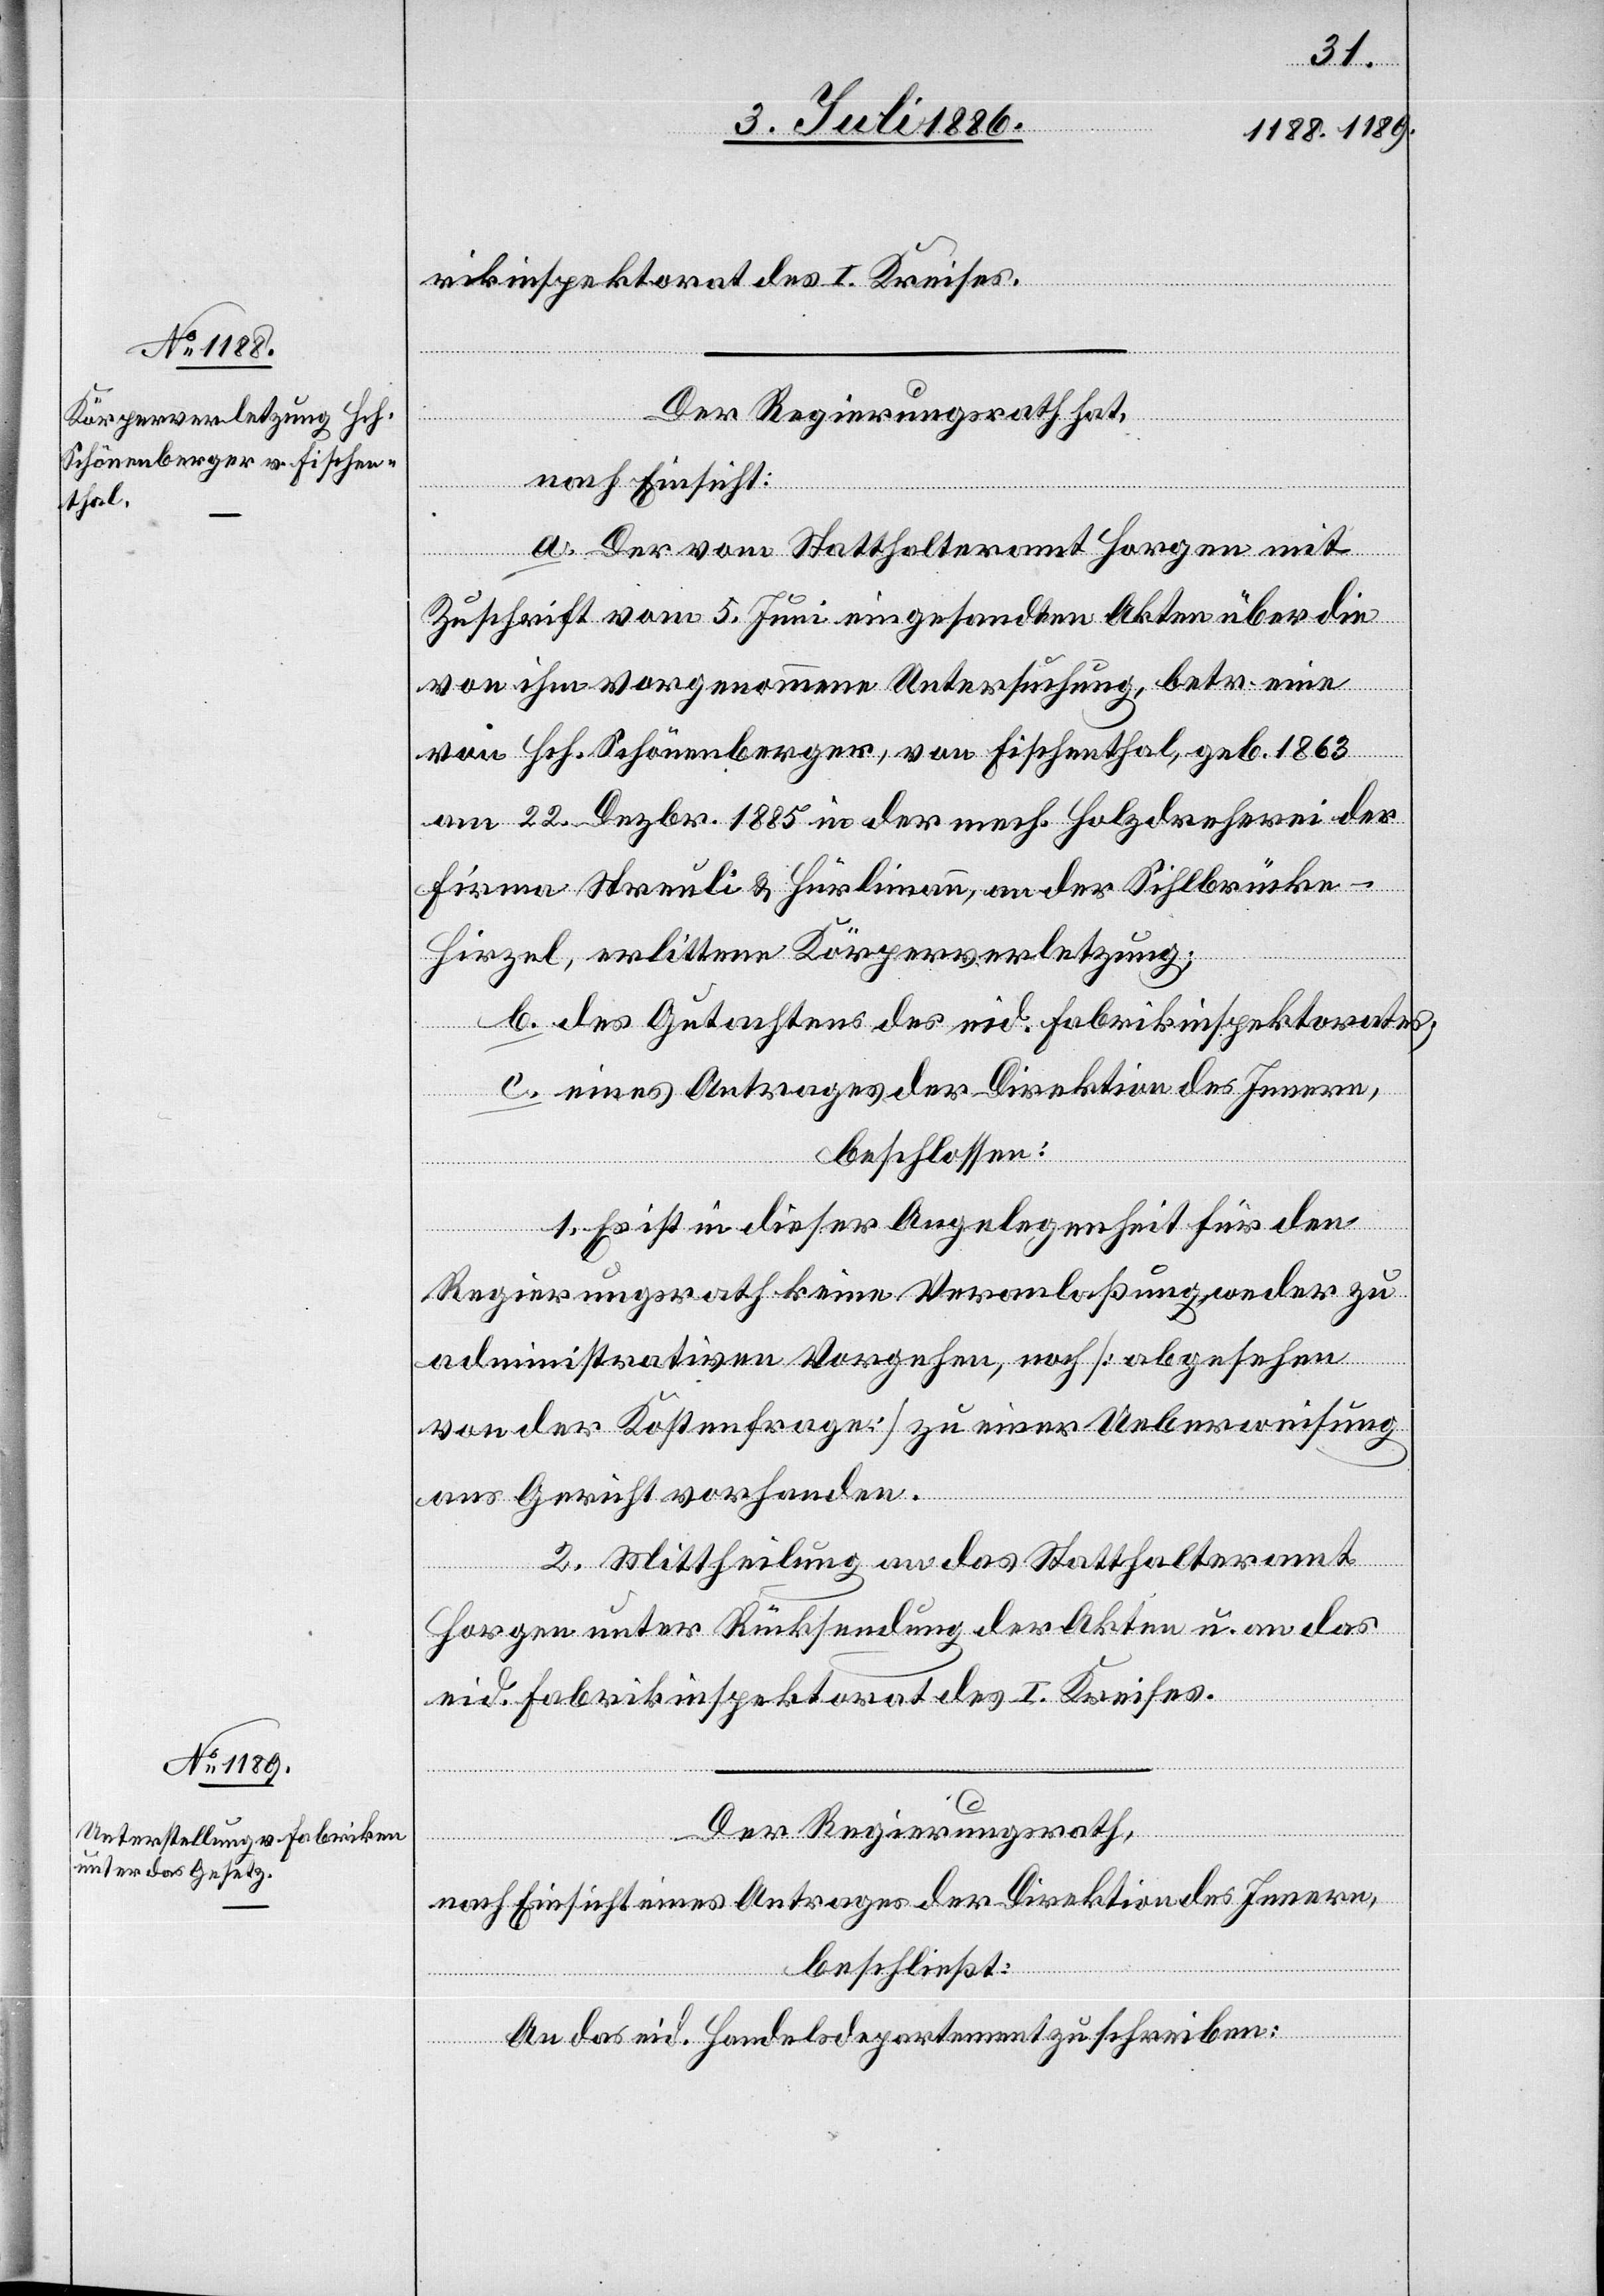
rikinspektorat des I. Kreises.
Der Regierungsrath hat,
nach Einsicht:
a. Der vom Statthalteramt Horgen mit
Zuschrift vom 5. Juni eingesandten Akten über die
von ihm vorgenommene Untersuchung, betr. eine
von Hch. Schönenberger, von Fischenthal, geb. 1863
am 22. Dezbr. 1885 in der mech. Holzdreherei der
Firma Streuli & Hürlimann, an der Sihlbrücke
Hirzel, erlittene Körperverletzung;
b. des Gutachtens des eid. Fabrikinspektorates;
c. eines Antrages der Direktion des Innern,
beschlossen:
1. Es ist in dieser Angelegenheit für den
Regierungsrath keine Veranlaßung, weder zu
administrativem Vorgehen, noch [abgesehen
von der Kostenfrage] zu einer Ueberweisung
ans Gericht vorhanden.
2. Mittheilung an das Statthalteramt
Horgen unter Rücksendung der Akten u. an das
eid. Fabrikinspektorat des I. Kreises.
Der Regierungsrath,
nach Einsicht eines Antrages der Direktion des Innern,
beschließt:
An das eid. Handelsdepartement zu schreiben: